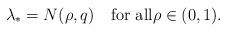
LaTeX: \begin{align*}\lambda_* = N(\rho, q) \quad\textrm{for all}\rho\in (0, 1).\end{align*}